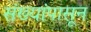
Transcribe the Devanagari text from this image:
संख्यांपासून